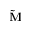
\bf \Tilde { M }